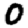
Digit: 0